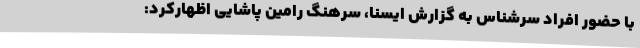
با حضور افراد سرشناس به گزارش ایسنا، سرهنگ رامین پاشایی اظهارکرد: